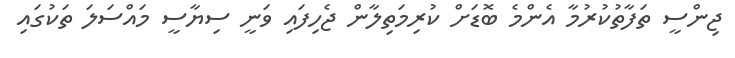
ޖިންސީ ތަފާތުކުރުމާ އެންމެ ބޮޑަށް ކުރިމަތިލާން ޖެހިފައި ވަނީ ސިޔާސީ މައްސަލަ ތަކުގައި